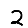
Digit: 2